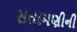
સતામણીની